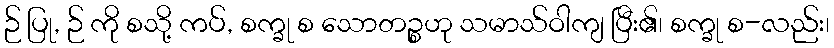
ဉ် ပြု, ဉ် ကို စသို့ ကပ်, စက္ခု စ သောတဉ္စဟု သမာသ်ဝါကျ ပြီး၏၊ စက္ခု စ-လည်း၊